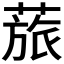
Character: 𱾊